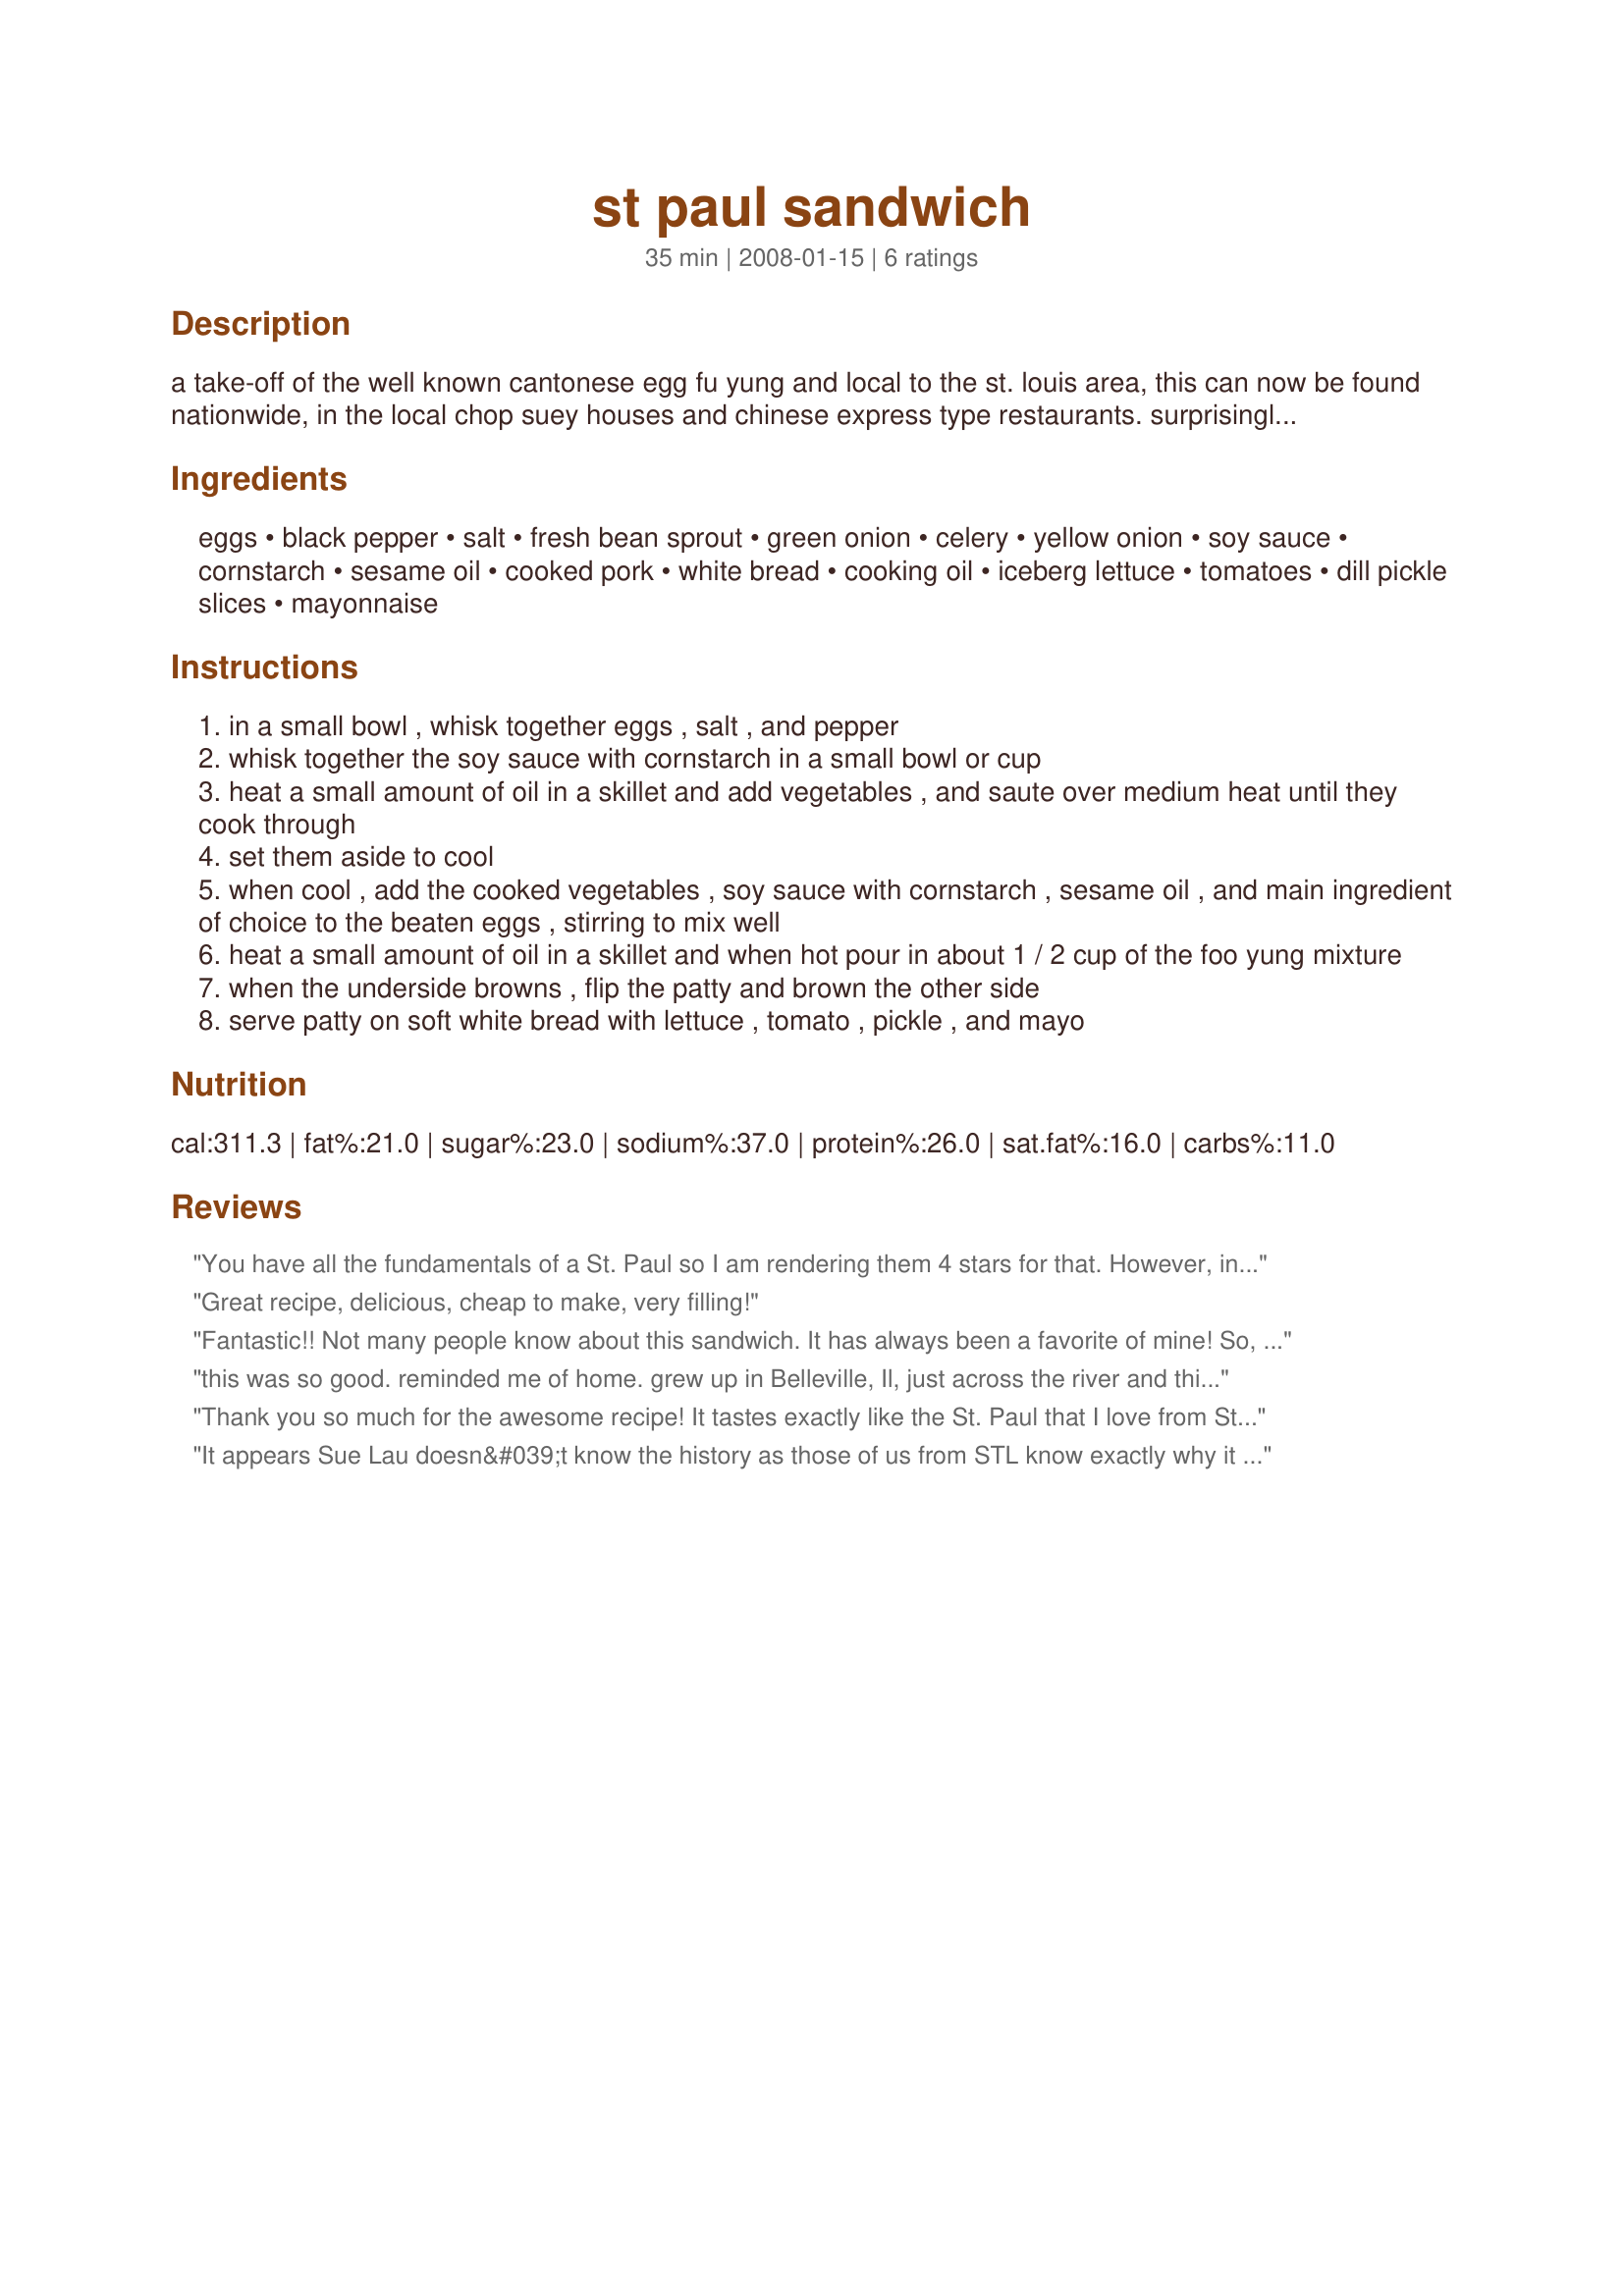
st paul sandwich
Preparation time: 35 minutes

a take-off of the well known cantonese egg fu yung and local to the st. louis area, this can now be found nationwide, in the local chop suey houses and chinese express type restaurants. surprisingly, the sandwich has nothing to do with st. paul and why the sandwich is named that is unclear. but for anyone growing up in the st. louis area might find this sandwich to be a happy memory, and a recipe almost lost to the culinary community.

Ingredients:
eggs, black pepper, salt, fresh bean sprout, green onion, celery, yellow onion, soy sauce, cornstarch, sesame oil, cooked pork, white bread, cooking oil, iceberg lettuce, tomatoes, dill pickle slices, mayonnaise

Steps:
in a small bowl , whisk together eggs , salt , and pepper
whisk together the soy sauce with cornstarch in a small bowl or cup
heat a small amount of oil in a skillet and add vegetables , and saute over medium heat until they cook through
set them aside to cool
when cool , add the cooked vegetables , soy sauce with cornstarch , sesame oil , and main ingredient of choice to the beaten eggs , stirring to mix well
heat a small amount of oil in a skillet and when hot pour in about 1 / 2 cup of the foo yung mixture
when the underside browns , flip the patty and brown the other side
serve patty on soft white bread with lettuce , tomato , pickle , and mayo

Reviews:
You have all the fundamentals of a St. Paul so I am rendering them 4 stars for that. However, in St. Louis St. Paul&#039;s there is no soy sauce in the mix they season it with salt and pepper. Lastly the cornstarch is off so these will cook pretty flat and be more like omelets, not fluffy. I was taught to make these by my mom who worked in a Chinese restaurant in the 60&#039;s. We mix them up individually using about 2 tsp each.
Great recipe, delicious, cheap to make, very filling!
Fantastic!! Not many people know about this sandwich. It has always been a favorite of mine! So, So glad I found the recipe!! Thnx!
this was so good. reminded me of home. grew up in Belleville, Il, just across the river and this was a favorite of mine. A great taste of home. Here I am in TX and this is the closest I can get to it. Thanks so much for sharing this withus.
Thank you so much for the awesome recipe! It tastes exactly like the St. Paul that I love from St. Louis! I am from St. Louis but do not live there any more. So great that I can now not only crave these yummy sandwiches but make them at home.
It appears Sue Lau doesn&#039;t know the history as those of us from STL know exactly why it is called a St. Paul. I needed a recipe since I moved away and this is pretty good. These sands are the best in the cold of winter. When I moved to Chicago and went into a Chinese joint (because these are NOT served in restaurants - only joints) they looked at me like I was speaking - Korean ;=) This recipe fills the crave.
